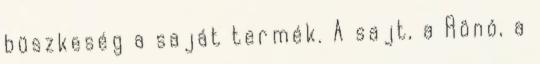
büszkeség a saját termék. A sajt, a Rönó, a